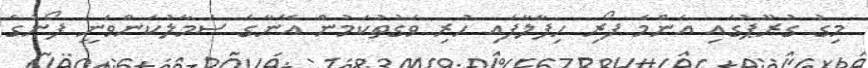
މިގު ގުރޫޕުގައި އެންމެ ފޯރި ހިފާލާފައި ހުރި ވަގުތުކަމުން އޭނާގެ ސަމާލުކަންވަނީ ފޯނުގެ